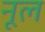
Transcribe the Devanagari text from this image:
नूल